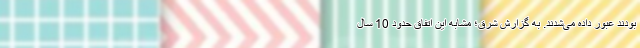
بودند عبور داده می‌شدند‌. به گزارش شرق؛ مشابه این اتفاق حدود 10 سال